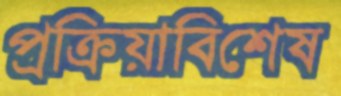
প্রক্রিয়াবিশেষ